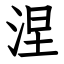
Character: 涅